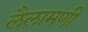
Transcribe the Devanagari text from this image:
लैलामणी